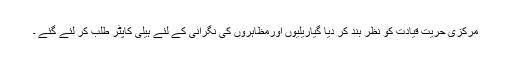
مرکزی حریت قیادت کو نظر بند کر دیا گیاریلیوں اورمظاہروں کی نگرانی کے لئے ہیلی کاپٹر طلب کر لئے گئے ۔